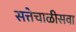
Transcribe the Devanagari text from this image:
सत्तेचाळीसवा